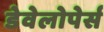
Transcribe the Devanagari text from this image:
डेवेलोपेर्स